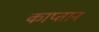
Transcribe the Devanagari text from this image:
काप्तान